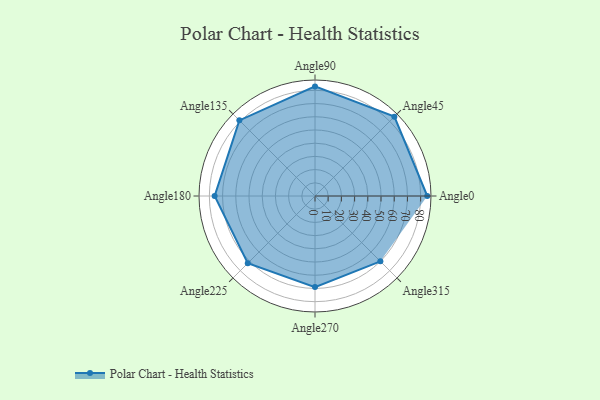
{"axis": {"x": "Angle", "y": "Radius"}, "legend": [""], "data": [{"x": "Angle0", "y": 85.0, "type": ""}, {"x": "Angle45", "y": 85.0, "type": ""}, {"x": "Angle90", "y": 83.0, "type": ""}, {"x": "Angle135", "y": 81.0, "type": ""}, {"x": "Angle180", "y": 76.0, "type": ""}, {"x": "Angle225", "y": 72.0, "type": ""}, {"x": "Angle270", "y": 69.0, "type": ""}, {"x": "Angle315", "y": 70.0, "type": ""}]}